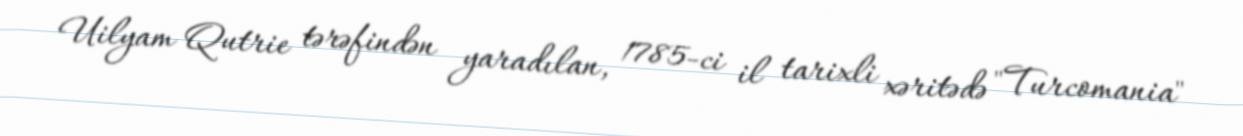
Uilyam Qutrie tərəfindən yaradılan, 1785-ci il tarixli xəritədə "Turcomania"